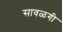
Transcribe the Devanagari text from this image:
सावळगी